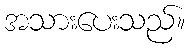
အသားပေးသည်။